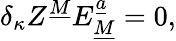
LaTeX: \delta_{\kappa}Z^{\underline{{M}}}E_{\underline{{M}}}^{\underline{{a}}}=0,